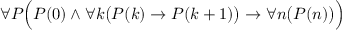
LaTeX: \displaystyle \forall P { \Bigl ( } P ( 0 ) \land \forall k { \bigl ( } P ( k ) \to P ( k + 1 ) { \bigr ) } \to \forall n { \bigl ( } P ( n ) { \bigr ) } { \Bigr ) }